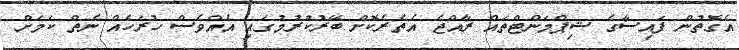
އެގޮތުން ފައިސާގެ ޝިޕްމަންޓްތައް ރާއްޖެ އެތެރެކޮށް ބޭރުކުރުމުގައި އެއްވެސް ހުރަހެއް ނެތް ކަމަށް